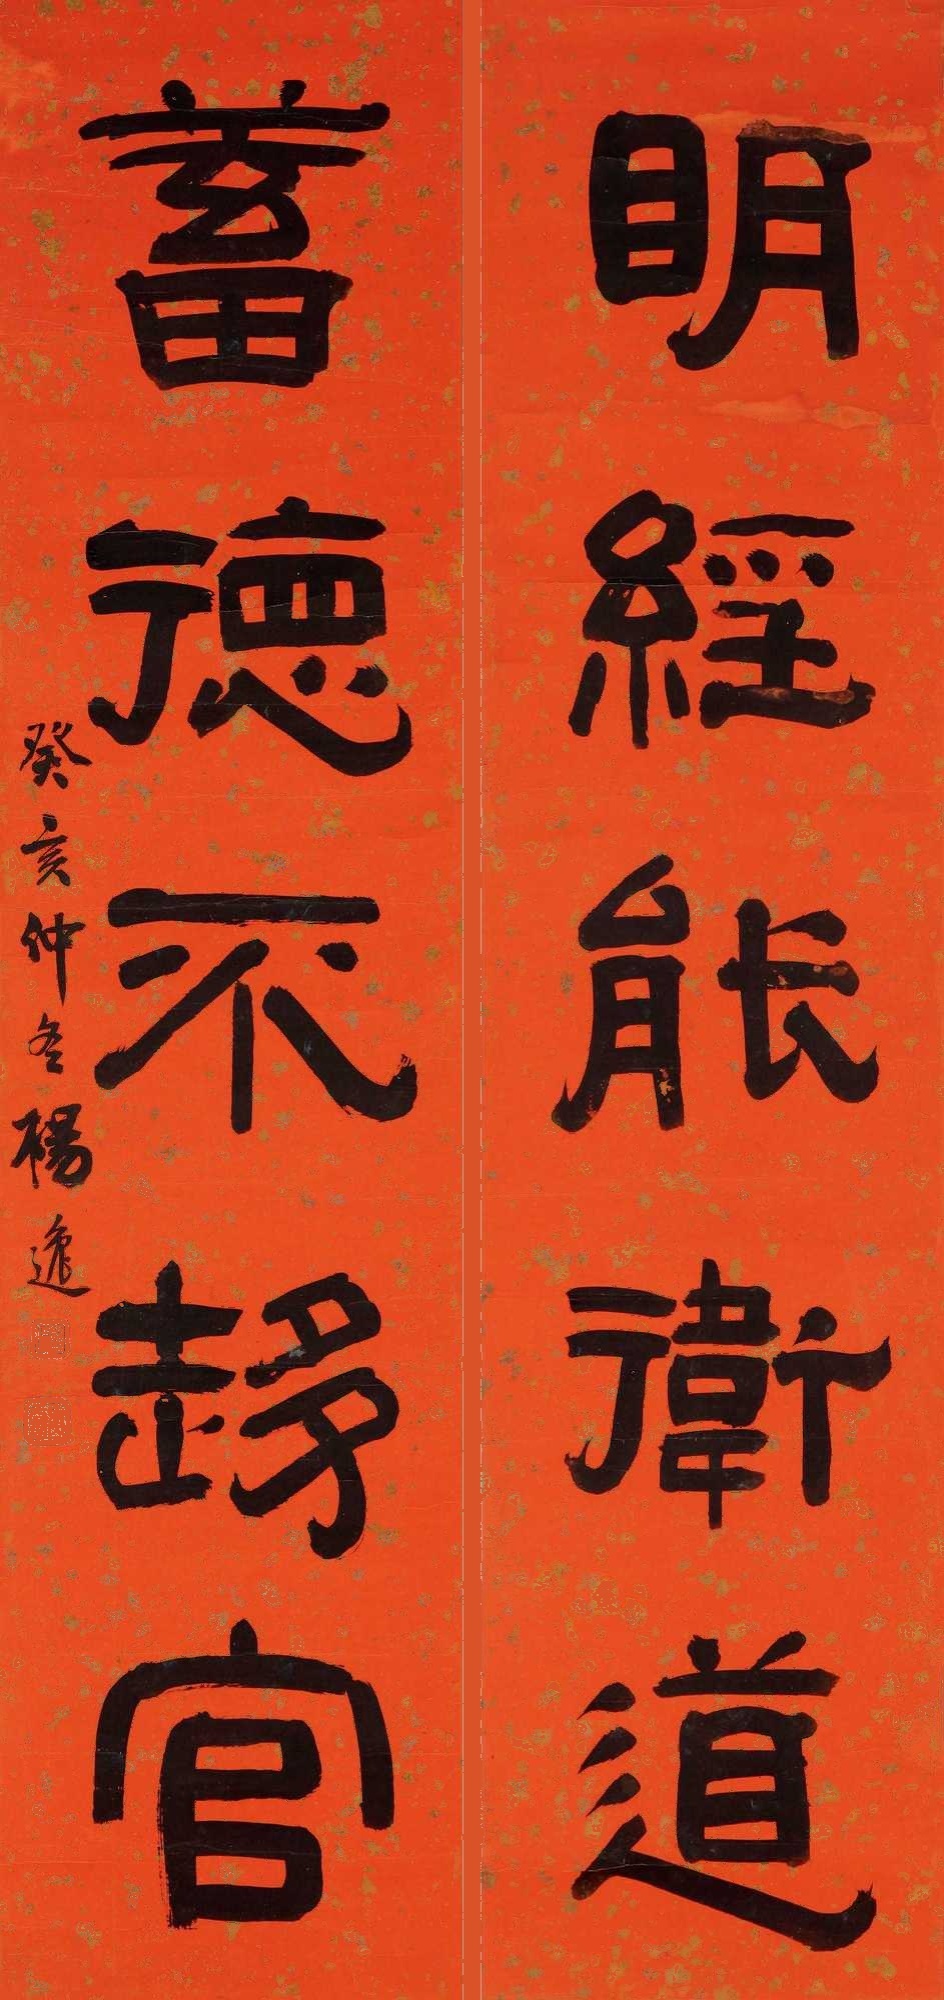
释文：明经能卫道，蓄德不趋官。癸亥仲冬杨逸。